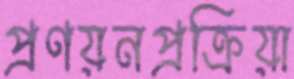
প্রণয়নপ্রক্রিয়া